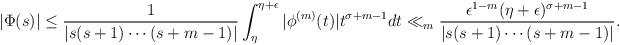
LaTeX: \begin{align*} |\Phi(s)| & \le \frac{1}{|s(s+1) \cdots (s+m-1)|} \int_{\eta}^{\eta+\epsilon} |\phi^{(m)}(t)| t^{\sigma+m-1} dt \ll_{m} \frac{\epsilon^{1-m} (\eta+\epsilon)^{\sigma+m-1} }{|s(s+1) \cdots (s+m-1)|}. \end{align*}